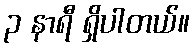
၃ နာရီ ရှိပါတယ်။